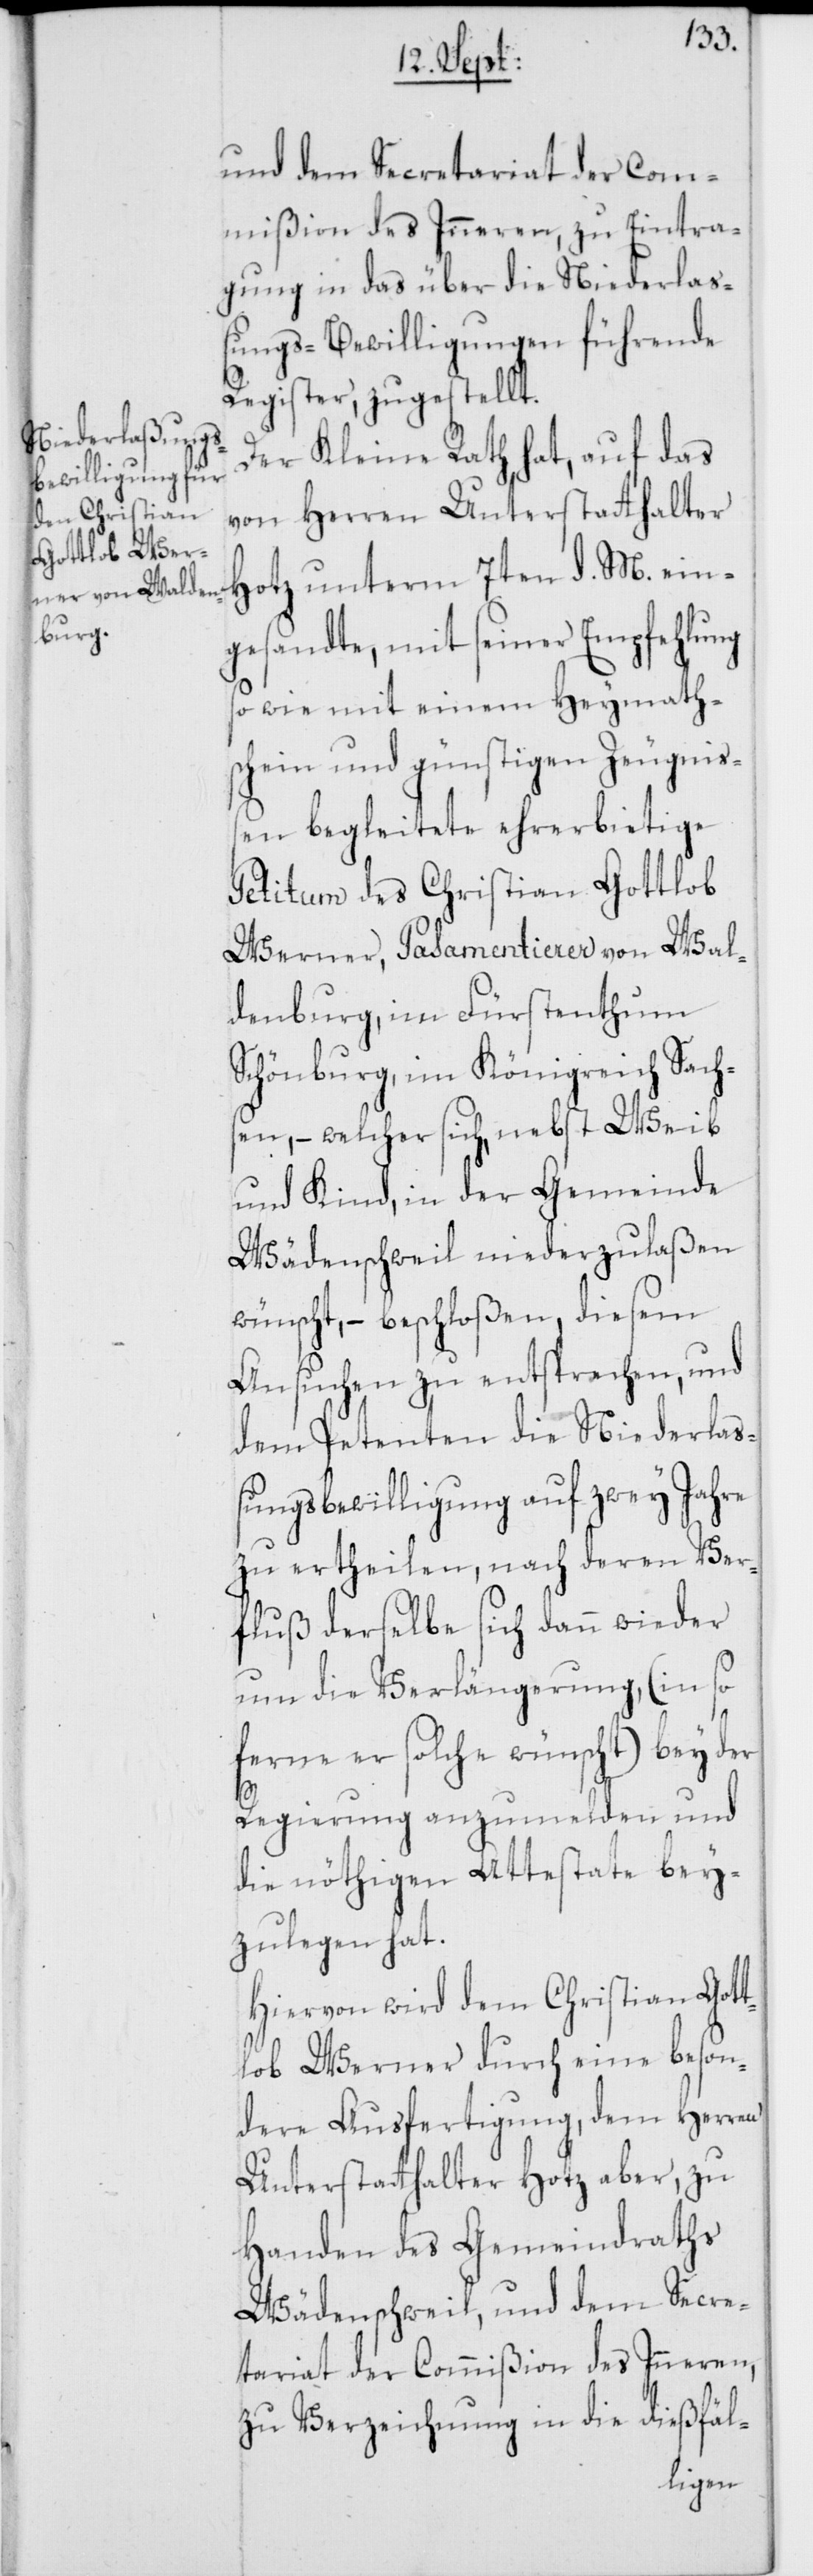
und dem Secretariat der Com¬
mißion des Inneren, zu Eintra¬
gung in das über die Niederlaß¬
ungs-Bewilligungen führende
Register, zugestellt.
Der Kleine Rath hat, auf das
von Herren Unterstatthalter
Hotz unterm 7ten d. M. ein¬
gesandte, mit seiner Empfehlung
so wie mit einem Heymath¬
schein und günstigen Zeugniß¬
en begleitete ehrerbietige
Petitum des Christian Gottlob
Werner, Pasamentierer von Wal¬
denburg, im Fürstenthum
Schönburg, im Königreich Sach¬
sen, – welcher sich, nebst Weib
und Kind, in der Gemeinde
Wädenschweil niederzulaßen
wünscht, beschloßen, diesem
Ansuchen zu entsprechen, und
dem Petenten die Niederlaß¬
ungsbewilligung auf zwey Jahre
zu ertheilen, nach deren Ver¬
fluß derselbe sich dann wieder
um die Verlängerung, (in so
ferne er solche wünscht) bey der
Regierung anzumelden und
die nöthigen Attestate bey¬
zulegen hat.
Hiervon wird dem Christian Gott¬
lob Werner durch eine beson¬
dere Ausfertigung, dem Herren
Unterstatthalter Hotz aber, zu
Handen des Gemeindraths
Wädenschweil, und dem Secre¬
tariat der Commißion des Inneren,
zu Verzeichnung in die dießfäl-